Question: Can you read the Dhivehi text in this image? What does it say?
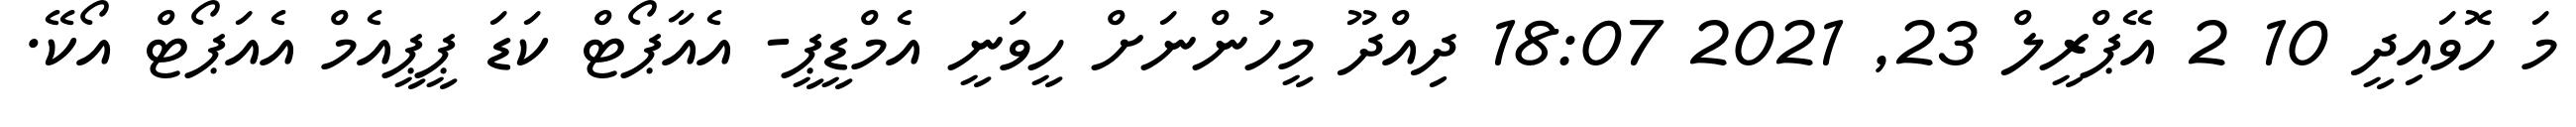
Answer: މަ ހޮވައިދީ 10 2 އޭޕްރީލް 23, 2021 18:07 ދިއްދޫ މީހުންނަށް ހީވަނީ އެމްޑީޕީ- އެއާޕޯޓް ކަޑަ ޕީޕީއެމް އެއަޕޯޓް އޯކޭ.